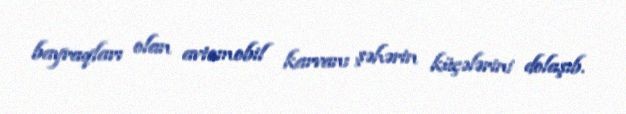
bayraqları olan avtomobil karvanı şəhərin küçələrini dolaşıb.